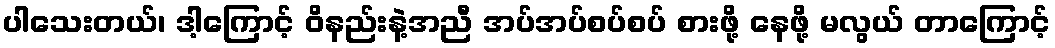
ပါသေးတယ်၊ ဒါ့ကြောင့် ဝိနည်းနဲ့အညီ အပ်အပ်စပ်စပ် စားဖို့ နေဖို့ မလွယ် တာကြောင့်